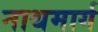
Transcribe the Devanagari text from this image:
नाथमार्ग